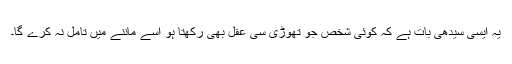
یہ ایسی سیدھی بات ہے کہ کوئی شخص جو تھوڑی سی عقل بھی رکھتا ہو اسے ماننے میں تامل نہ کرے گا۔